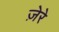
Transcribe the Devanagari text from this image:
ज़ेरे